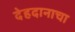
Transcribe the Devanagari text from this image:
देहदानाचा